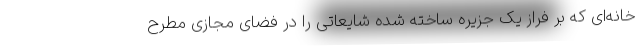
خانه‌ای که بر فراز یک جزیره ساخته شده شایعاتی را در فضای مجازی مطرح